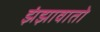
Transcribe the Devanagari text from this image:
झंझावातो